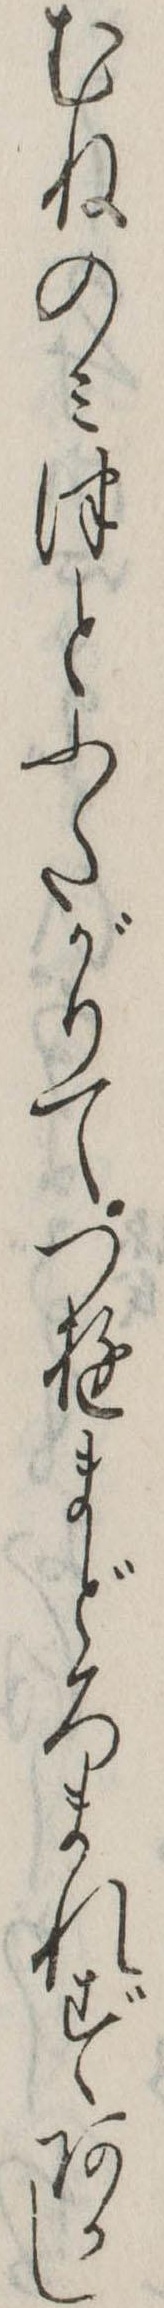
むねのみつとふたがりてつゆまどろまれずあかし